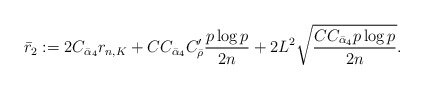
\begin{align*}\bar r_2:=2C_{\bar\alpha_4}r_{n,K}+CC_{\bar\alpha_4} C_{\bar\rho}'\frac{p\log p}{2n}+2L^2\sqrt{\frac{CC_{\bar\alpha_4} p\log p}{2n}}.\end{align*}